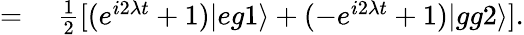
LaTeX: \begin{array}{rl}{=}&{{}~\frac{1}{2}[(e^{i2\lambda t}+1)|eg1\rangle+(-e^{i2\lambda t}+1)|gg2\rangle].}\end{array}